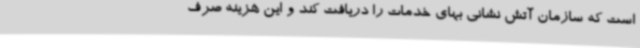
است که سازمان آتش نشانی بهای خدمات را دریافت کند و این هزینه صرف